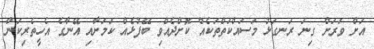
އަށް ވަރަށް ގިނަ ރަނގަޅު މަސައްކަތްތަކެއް ކޮށްދެއްވި ބޭފުޅެއް ކަމަށާއި އޭނާގެ އެހީތެރިކަން